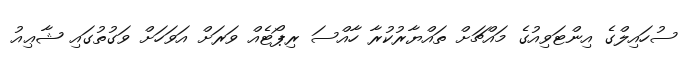
ސުހައިލްގެ އިންޓަވިއުގެ މައްޗަށް ތައްޔާރުކުރާ ހާއްސަ ރިޕޯޓެއް ވަރަށް އަވަހަށް ވަގުތުގައި ޝާޢިއު